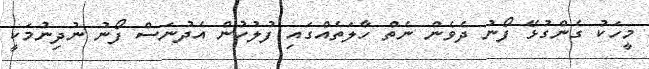
މީހަކު ގެންގުޅޭ ފޯނު ދެވެން ނެތް ހާލަތެއްގައި ފުލުހުން އެދުނަސް ފޯނު ނުދިނުމަކީ